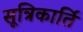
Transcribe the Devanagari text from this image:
सूत्रिकार्ति